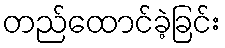
တည်ထောင်ခဲ့ခြင်း